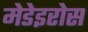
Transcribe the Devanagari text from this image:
मेडेइरोस